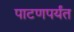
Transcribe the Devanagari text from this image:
पाटणपर्यंत